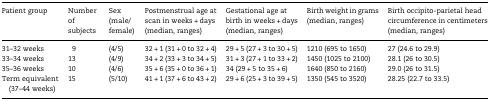
<table><thead><tr><td><b>Patient group</b></td><td><b>Number of subjects</b></td><td><b>Sex (male/female)</b></td><td><b>Postmenstrual age at scan in weeks + days (median, ranges)</b></td><td><b>Gestational age at birth in weeks + days (median, ranges)</b></td><td><b>Birth weight in grams (median, ranges)</b></td><td><b>Birth occipito-parietal head circumference in centimeters (median, ranges)</b></td></tr></thead><tbody><tr><td>31–32 weeks</td><td>9</td><td>(4/5)</td><td>32 + 1 (31 + 0 to 32 + 4)</td><td>29 + 5 (27 + 3 to 30 + 5)</td><td>1210 (695 to 1650)</td><td>27 (24.6 to 29.9)</td></tr><tr><td>33–34 weeks</td><td>13</td><td>(4/9)</td><td>34 + 2 (33 + 3 to 34 + 5)</td><td>31 + 3 (27 + 1 to 33 + 2)</td><td>1450 (1025 to 2100)</td><td>28.1 (26 to 30.5)</td></tr><tr><td>35–36 weeks</td><td>10</td><td>(4/6)</td><td>35 + 6 (35 + 0 to 36 + 1)</td><td>34 (29 + 5 to 35 + 6)</td><td>1640 (850 to 2160)</td><td>29.0 (26 to 31.5)</td></tr><tr><td>Term equivalent (37–44 weeks)</td><td>15</td><td>(5/10)</td><td>41 + 1 (37 + 6 to 43 + 2)</td><td>29 + 6 (25 + 3 to 39 + 5)</td><td>1350 (545 to 3520)</td><td>28.25 (22.7 to 33.5)</td></tr></tbody></table>